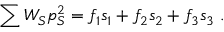
\sum W _ { S } p _ { S } ^ { 2 } = f _ { 1 } s _ { 1 } + f _ { 2 } s _ { 2 } + f _ { 3 } s _ { 3 } \ .